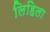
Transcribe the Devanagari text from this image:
लिहिला